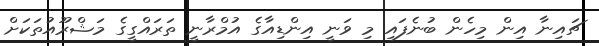
ޗައިނާ އިން މިހެން ބުނެފައި މި ވަނީ އިންޑިއާގެ އުމްރާނީ ތަރައްގީގެ މަޝްރޫއުތަކަށް